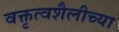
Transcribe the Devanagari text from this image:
वक्तृत्वशैलीच्या